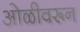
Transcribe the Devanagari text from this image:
ओळीवरून